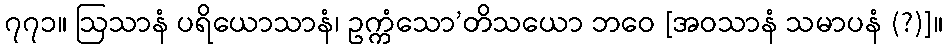
၇၇၁။ ဩသာနံ ပရိယောသာနံ၊ ဥက္ကံသော’တိသယော ဘဝေ [အဝသာနံ သမာပနံ (?)]။